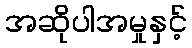
အဆိုပါအမှုနှင့်